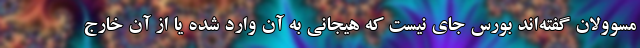
مسوولان گفته‌اند بورس جای نیست که هیجانی به آن وارد شده یا از آن خارج